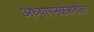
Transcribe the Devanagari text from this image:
अध्यापनक्षेत्रातील